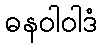
ဓနဝါဝါဒံ